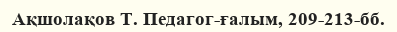
Ақшолақов Т. Педагог-ғалым, 209-213-бб.